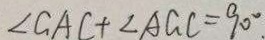
\angle G A C + \angle A G C = 9 0 ^ { \circ } .